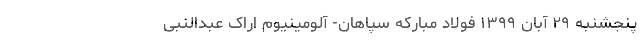
پنجشنبه ۲۹ آبان ۱۳۹۹ فولاد مبارکه سپاهان- آلومینیوم اراک عبدالنبی